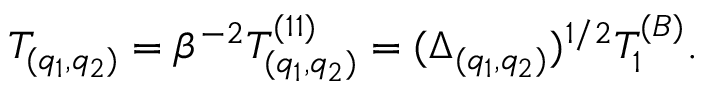
T _ { ( q _ { 1 } , q _ { 2 } ) } = \beta ^ { - 2 } T _ { ( q _ { 1 } , q _ { 2 } ) } ^ { ( 1 1 ) } = ( \Delta _ { ( q _ { 1 } , q _ { 2 } ) } ) ^ { 1 / 2 } T _ { 1 } ^ { ( B ) } .